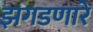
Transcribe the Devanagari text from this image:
झगडणारे